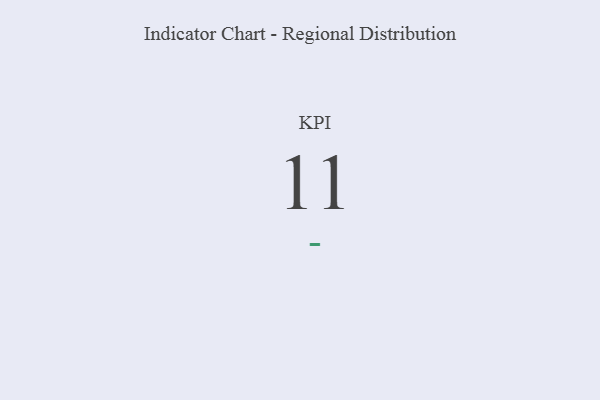
{"axis": {"x": "KPI", "y": "Value"}, "legend": [""], "data": [{"x": "KPI", "y": 11, "type": ""}]}